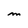
Character: M